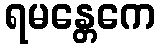
ရမန္တေကေ